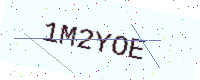
Text: 1M2YOE